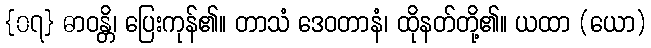
{၀၇} ဓာဝန္တိ၊ ပြေးကုန်၏။ တာသံ ဒေဝတာနံ၊ ထိုနတ်တို့၏။ ယထာ (ယော)